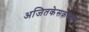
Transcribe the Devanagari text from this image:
अजितकेसकंबली